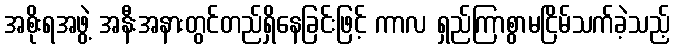
အစိုးရအဖွဲ့ အနီးအနားတွင်တည်ရှိနေခြင်းဖြင့် ကာလ ရှည်ကြာစွာမငြိမ်သက်ခဲ့သည့်